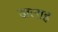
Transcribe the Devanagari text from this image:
खलाह